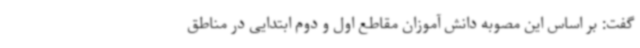
گفت: بر اساس این مصوبه دانش آموزان مقاطع اول و دوم ابتدایی در مناطق